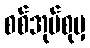
စစ်အုပ်စုမှ